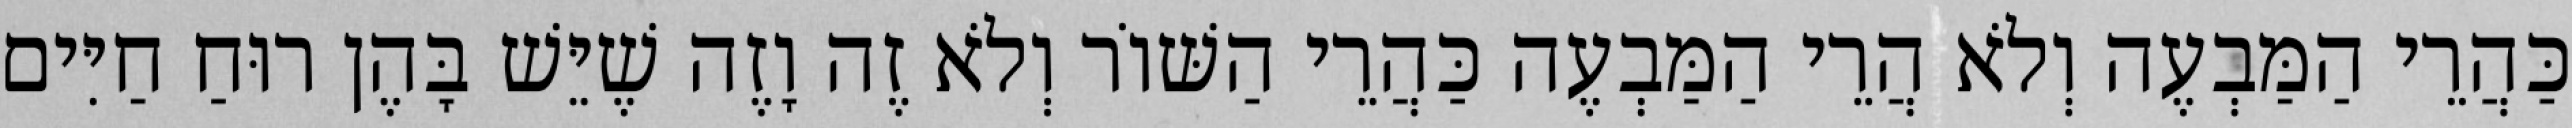
כַּהֲרֵי הַמַּבְעֶה וְלֹא הֲרֵי הַמַּבְעֶה כַּהֲרֵי הַשּׁוֹר וְלֹא זֶה וָזֶה שֶׁיֵּשׁ בָּהֶן רוּחַ חַיִּים